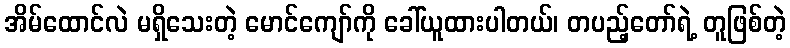
အိမ်ထောင်လဲ မရှိသေးတဲ့ မောင်ကျော်ကို ခေါ်ယူထားပါတယ်၊ တပည့်တော်ရဲ့ တူဖြစ်တဲ့